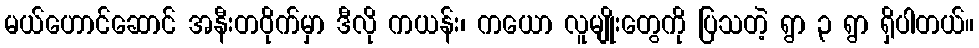
မယ်ဟောင်ဆောင် အနီးတဝိုက်မှာ ဒီလို ကယန်း၊ ကယော လူမျိုးတွေကို ပြသတဲ့ ရွာ ၃ ရွာ ရှိပါတယ်။